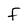
Character: F